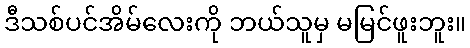
ဒီသစ်ပင်အိမ်လေးကို ဘယ်သူမှ မမြင်ဖူးဘူး။